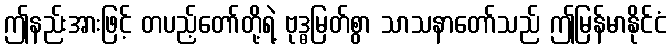
ဤနည်းအားဖြင့် တပည့်တော်တို့ရဲ့ ဗုဒ္ဓမြတ်စွာ သာသနာတော်သည် ဤမြန်မာနိုင်ငံ